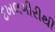
દખલગીરીથી